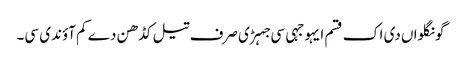
گونگلواں دی اک قسم ایہو جہی سی جہڑی صرف تیل کڈھن دے کم آؤندی سی۔